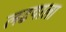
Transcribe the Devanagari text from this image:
लढयाला